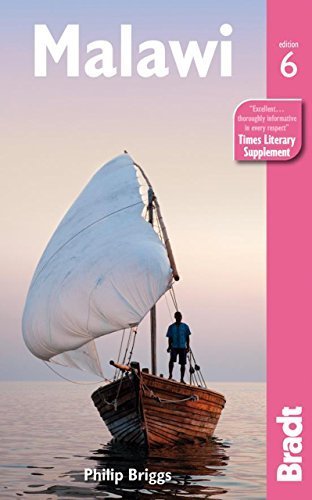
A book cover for Malawi (Bradt Travel Guides) by Briggs, Philip (2013) Paperback; Philip Briggs; Travel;